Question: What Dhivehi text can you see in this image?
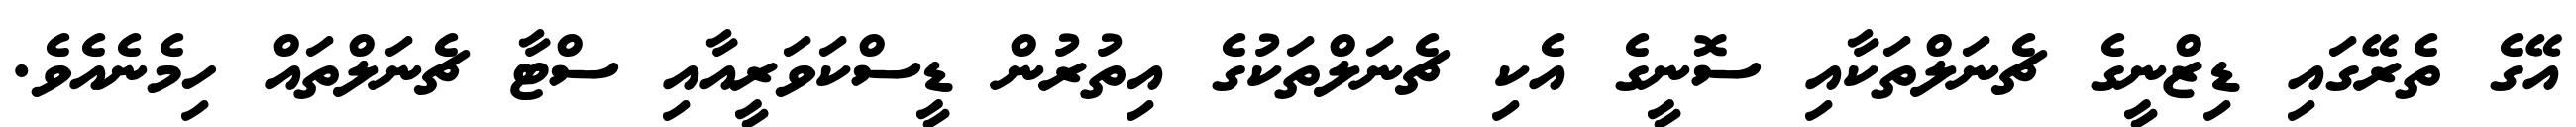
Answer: އޭގެ ތެރޭގައި ޑިޒްނީގެ ޗެނަލްތަކާއި ސޮނީގެ އެކި ޗެނަލްތަކުގެ އިތުރުން ޑީސްކަވަރީއާއި ސްޓާ ޗެނަލްތައް ހިމެނެއެވެ.